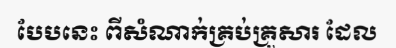
បែបនេះ ពីសំណាក់គ្រប់គ្រួសារ ដែល